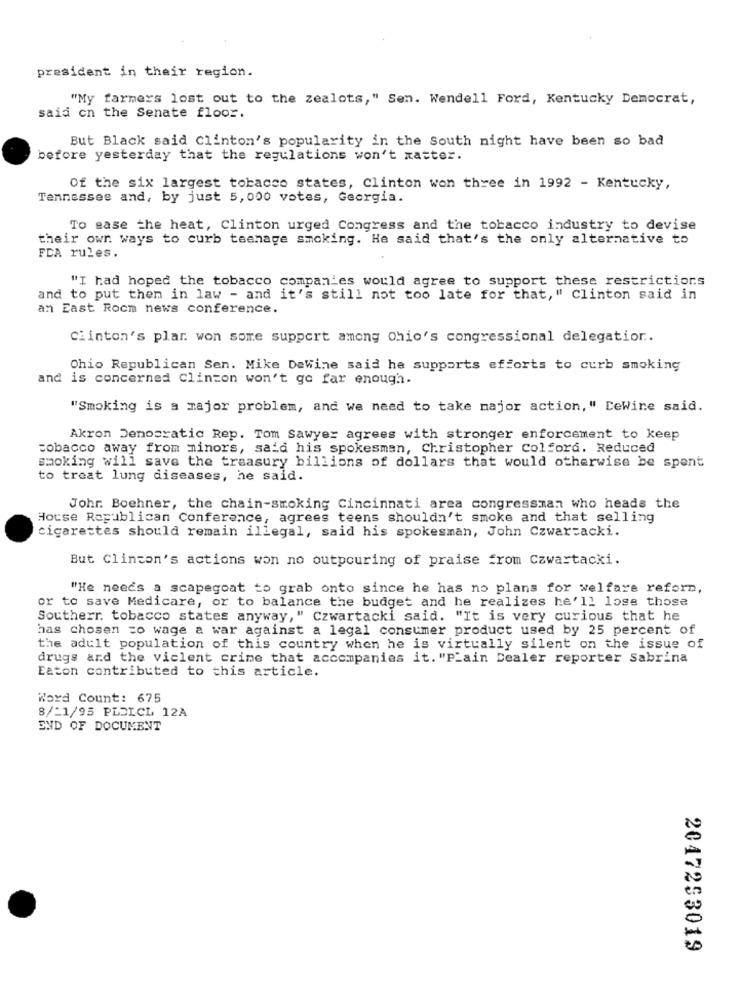
president in their region.
"My farmers lost out to the zealots," Sen. Wendell Ford, Kentucky Democrat,
said on the Senate floor.
But Black said Clinton's popularity in the South night have been so bad
before yesterday that the regulations won't xaster.
Of the six largest tobacco states, Clinton won three in 1992 - Kentucky,
Tennessee and, by just 5,000 votes, Georgia.
To ease the heat, Clinton urged Congress and the tobacco industry to devise
their own ways to curb teenage smoking. He said that's the only alternative to
FCA rules.
"I had hoped the tobacco companies would agree to support these restrictions
and to put them in law - and it's still not too late for that," Clinton said in
an East Rocm news conference.
Clinton's plar won some support among Ohio's congressional delegation ..
Ohio Republican Sen. Mike DeWine said he supports efforts to curb smoking
and is concerned Clinton won't go far enough.
"Smoking is a major problem, and we need to take major action," DeWine said.
Akron Democratic Rep. Tom Sawyer agrees with stronger enforcement to keep
tobacco away from minors, said his spokesman, Christopher Colford. Reduced
smoking will save the treasury billions of dollars that would otherwise be spent
to treat lung diseases, he said.
Johr. Boehner, the chain-smoking Cincinnati area congressman who heads the
House Republican Conference, agrees teens shouldn't smoke and that selling
cigarettes should remain illegal, said his spokesman, John Czwar=acki.
But Clinton's actions won no outpouring of praise from Czwartacki.
"He needs a scapegoat to grab onto since he has no plans for welfare reform,
or to save Medicare, or to balance the budget and he realizes he'll lose those
Southerr. tobacco states anyway," Czwartacki said. "It is very curious that he
has chosen to wage a war against a legal consumer product used by 25 percent of
the adult population of this country when he is virtually silent on the issue of
drugs and the viclent crime that accompanies it. "Plain Dealer reporter Sabrina
Eaton contributed to this article.
Word Count: 675
8/-1/95 PLOLCL 12A
END OF DOCUMENT
2047253019